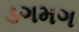
ડગમગ